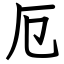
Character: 厄